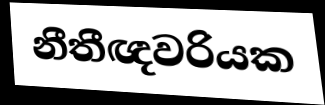
නීතීඥවරියක